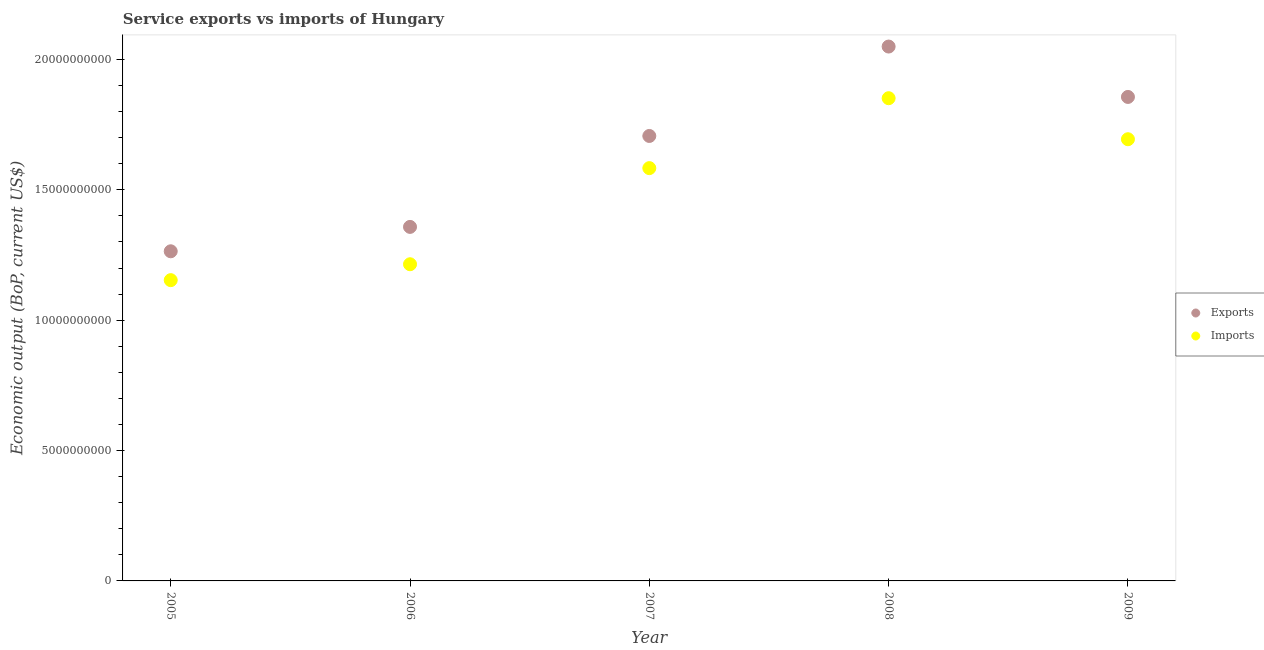
| Year | Exports | Imports |
 | --- | --- | --- |
 | 2005 | 1.26e+10 | 1.15e+10 |
 | 2006 | 1.36e+10 | 1.21e+10 |
 | 2007 | 1.71e+10 | 1.58e+10 |
 | 2008 | 2.05e+10 | 1.85e+10 |
 | 2009 | 1.86e+10 | 1.69e+10 |